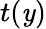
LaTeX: t(\mathit{y})